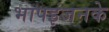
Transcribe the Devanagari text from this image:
भापइंजनके